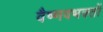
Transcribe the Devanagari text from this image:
वैष्णवभक्तों